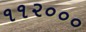
૧૧૨૦૦૦